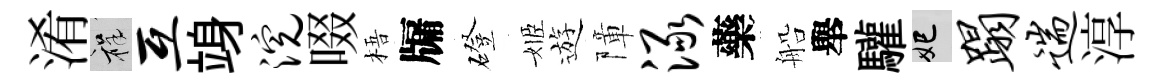
淆祥互竧浣啜梧牖磴姬遊障渌藥船舉驩妃蹋遄淳